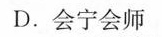
D.会宁会师